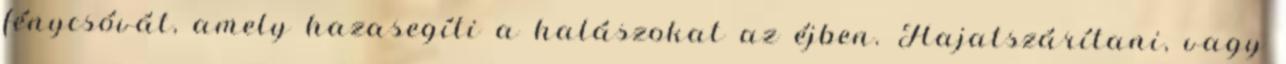
fénycsóvát, amely hazasegíti a halászokat az éjben. Hajatszárítani, vagy